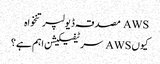
AWS مصدقہ ڈیولپر تنخواہ
کیوں AWS سرٹیفیکیشن اہم ہے؟